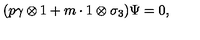
( p \gamma \otimes 1 + m \cdot 1 \otimes \sigma _ { 3 } ) \Psi = 0 ,